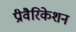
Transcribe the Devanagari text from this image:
प्रीवैरिकेशन